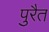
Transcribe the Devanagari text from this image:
पुरैत